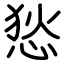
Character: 悐